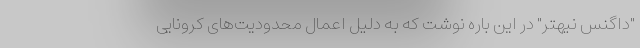
"داگنس نیهتر" در این باره نوشت که به دلیل اعمال محدودیت‌های کرونایی